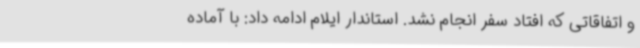
و اتفاقاتی که افتاد سفر انجام نشد. استاندار ایلام ادامه داد: با آماده